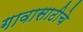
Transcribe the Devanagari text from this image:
गावासाठीचे